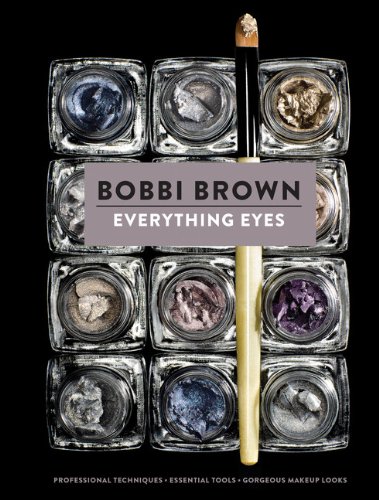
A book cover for Everything Eyes: Professional Techniques * Essential Tools * Gorgeous Makeup Looks (Bobbi Brown); Bobbi Brown; Health, Fitness & Dieting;